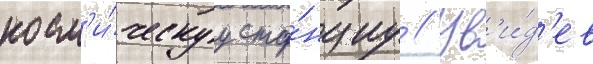
косм'и́ческуу ста́нциу // Ув'и́д'ев